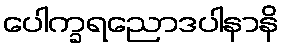
ပေါက္ခရညောဒပါနာနိ